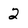
Character: 2